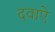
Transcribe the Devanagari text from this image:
दवाऐ